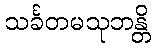
သင်္ခတမသုဘန္တိ